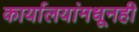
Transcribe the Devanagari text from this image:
कार्यालयांमधूनही